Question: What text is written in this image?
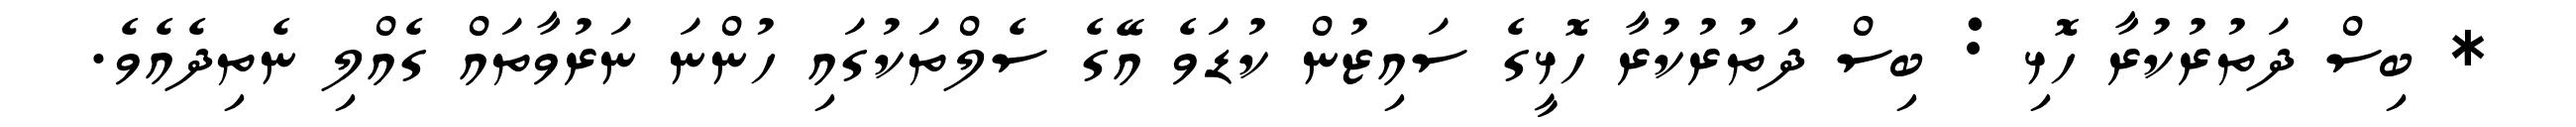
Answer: * ބިސް ދަތުރުކުރާ ހޮޅި : ބިސް ދަތުރުކުރާ ހޮޅީގެ ސައިޒުން ކުޑަވެ އޭގެ ސެލްތަކުގައި ހުންނަ ނަރުވާތައް ގެއްލި ނެތިދެއެވެ.